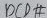
Text: DCD#